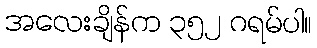
အလေးချိန်က ၃၅၂ ဂရမ်ပါ။